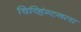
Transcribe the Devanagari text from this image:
चिव्हिंग्टनला